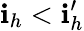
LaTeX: \mathbf{i}_{h}<\mathbf{i}_{h}^{\prime}